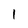
Character: 1